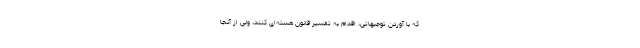
که با آوردن توجیهاتی، اقدام به تفسیر قانون هسته‌ای کنند، ولی از آنجا